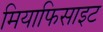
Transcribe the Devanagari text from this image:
मियाफिसाइट